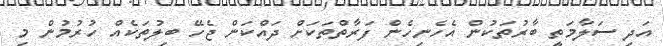
އަދި ސަލާމަތީ ބާރުތަކުން އެހެނިހެން ފަރާތްތަކަށް ދައްކަން ޖެހޭ ބިލުތަކެއް ހުރުމުން މި